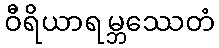
ဝီရိယာရမ္ဘဿေတံ